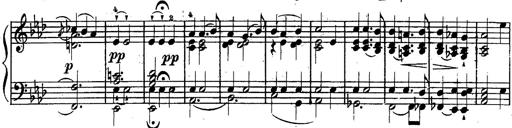
Title: Schubert's Impromptus [revised and edited by Franz Liszt]
Composer: Franz Liszt